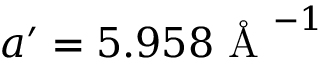
a ^ { \prime } = 5 . 9 5 8 { \mathrm { ~ \AA ~ } ^ { - 1 } }